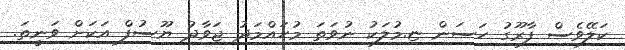
ކަލޭވެސް ފާރޫގު ހަސަން ޏ.މުލަކު ނުވަތަ މުހައްމަދު ޖަވާދު ޔޫސުފް އަކަށް ވަނީތަ.